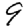
Digit: 9